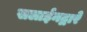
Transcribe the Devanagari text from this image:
सलाईनद्वारे